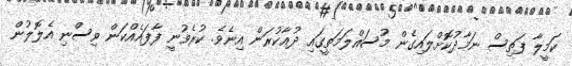
ކަމީލާ ފަތިސް ނަމާދުކޮށްލައިގެން މުސައްލަމަތީގައި ދުޢާކުރަން އިނެވެ. ކުރެވުނީ ފާފައެއްކަން ވިސްނި އެލޮލުން